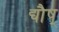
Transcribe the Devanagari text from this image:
द्यौष्